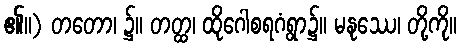
၏။) တတော၊ ၌။ တတ္ထ၊ ထိုဂေါစရဂံရွာ၌။ မနုဿေ၊ တို့ကို။